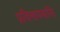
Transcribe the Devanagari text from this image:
प्रविलापयामि।